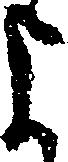
よ